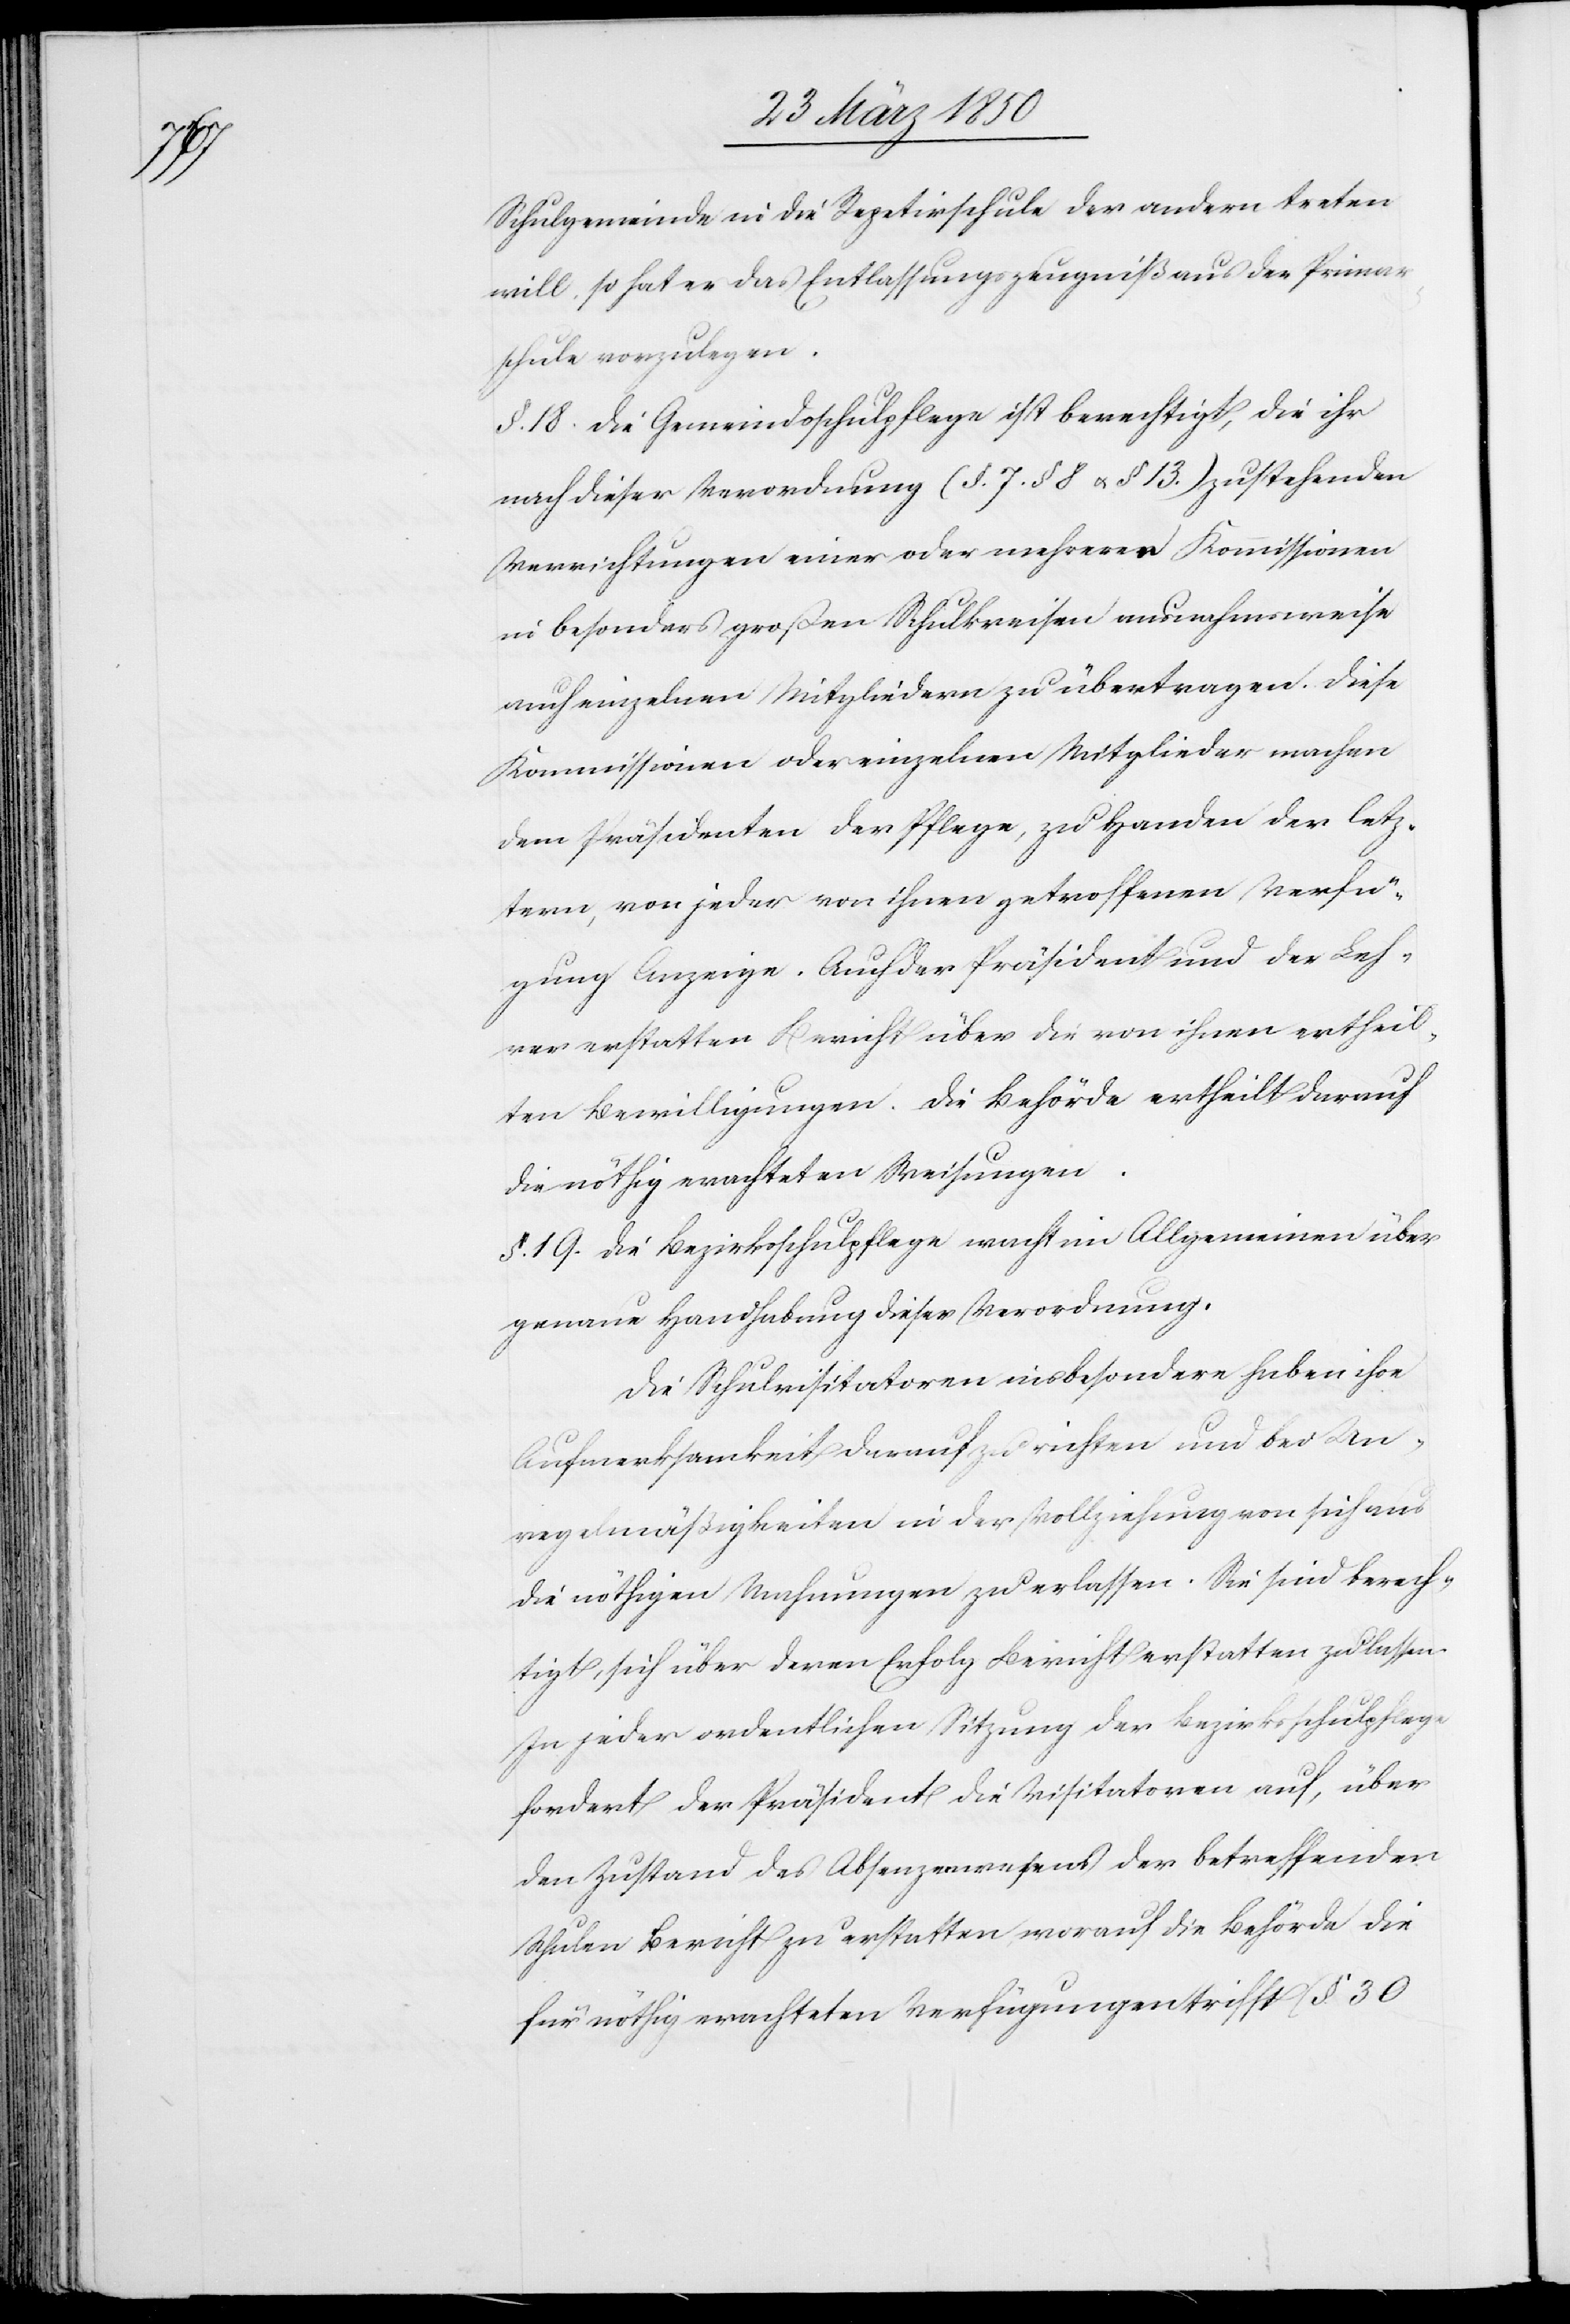
Schulgemeinde in die Repetirschule der andern treten
will, so hat er das Entlassungszeugniß aus der Primar¬
schule vorzulegen.
§. 18. Die Gemeindsschulpflege ist berechtigt, die ihr
nach dieser Verordnung (§. 7 § 8 u. § 13.) zustehenden
Verrichtungen einer oder mehreren Kommissionen
in besonders großen Schulkreisen ausnahmsweise
auch einzelnen Mitgliedern zu übertragen. Diese
Kommissionen oder einzelnen Mitglieder machen
dem Präsidenten der Pflege, zu Handen der letz¬
tern, von jeder von ihnen getroffenen Verfü¬
gung Anzeige. Auch der Präsident und der Leh¬
rer erstatten Bericht über die von ihnen ertheil¬
ten Bewilligungen. Die Behörde ertheilt darauf
die nöthig erachteten Weisungen.
§. 19. Die Bezirksschulpflege wacht im Allgemeinen über
genaue Handhabung dieser Verordnung.
Die Schulvisitatoren insbesondere haben ihre
Aufmerksamkeit darauf zu richten und bei Un¬
regelmäßigkeiten in der Vollziehung von sich aus
die nöthigen Mahnungen zu erlassen. Sie sind berech¬
tigt, sich über deren Erfolg Bericht erstatten zu lassen.
In jeder ordentlichen Sitzung der Bezirksschulpflege
fordert der Präsident die Visitatoren auf, über
den Zustand des Absenzenwesens der betreffenden
Schulen Bericht zu erstatten, worauf die Behörde die
für nöthig erachteten Verfügungen trifft (§. 30